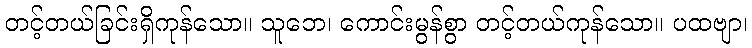
တင့်တယ်ခြင်းရှိကုန်သော။ သူဘေ၊ ကောင်းမွန်စွာ တင့်တယ်ကုန်သော။ ပထဗျာ၊